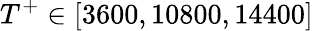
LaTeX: T^{+}\in[3600,10800,14400]